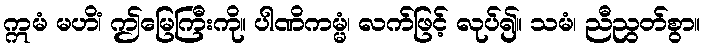
ဣမံ မဟိံ၊ ဤမြေကြီးကို။ ပါဏိကမ္မံ၊ လက်ဖြင့် လုပ်၍။ သမံ၊ ညီညွတ်စွာ။